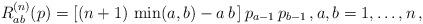
LaTeX: \begin{align*} R^{(n)}_{ab}(p)=[(n+1)\,\min(a,b)-a\,b\,]\,p_{a-1}\,p_{b-1}\,,a, b=1,\ldots,n\,,\end{align*}